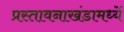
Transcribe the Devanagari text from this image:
प्रस्तावनाखंडामध्यें